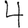
Digit: 4